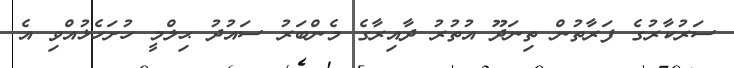
ސަރުކާރުގެ ފަރާތުން ތިނަދޫ އުތުރު ދާއިރާގެ މެންބަރު ސައުދު ޙިލްމީ ހުށަހެޅުއްވި އެ